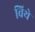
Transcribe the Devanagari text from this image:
विथे